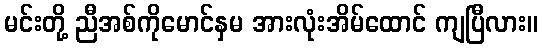
မင်းတို့ ညီအစ်ကိုမောင်နှမ အားလုံးအိမ်ထောင် ကျပြီလား။